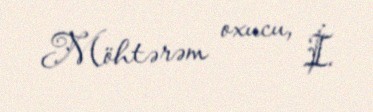
Möhtərəm oxucu, İ.